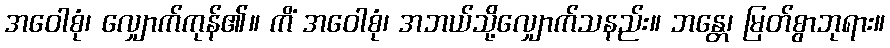
အဝေါစုံ၊ လျှောက်ကုန်၏။ ကိံ အဝေါစုံ၊ အဘယ်သို့လျှောက်သနည်း။ ဘန္တေ၊ မြတ်စွာဘုရား။